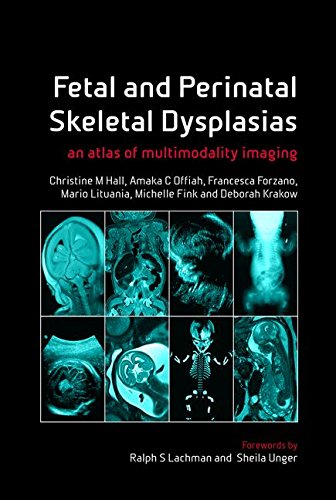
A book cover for Fetal and Perinatal Skeletal Dysplasias: an Atlas of Multimodality Imaging; M Hall Christine; Medical Books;